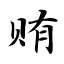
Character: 贿